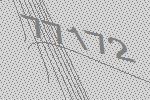
77172